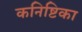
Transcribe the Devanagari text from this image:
कनिष्टिका